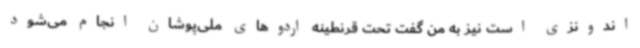
اندونزی است نیز به من گفت تحت قرنطینه اردوهای ملی‌پوشان انجام می‌شود